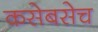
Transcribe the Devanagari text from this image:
कसेबसेच